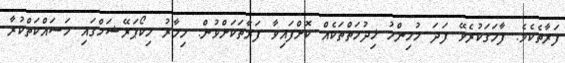
ފަރާތެކެވެ. ފާހަގަކުރެވޭ ފަދަ މުހިންމު ޚިދުމަތްތަކެއް ކޮށްފައިވާ ފަރާތަކަށްވުން. މިހާރު މިކޯޕަރޭޝަމްގައި މަސައްކަތްކުރާ